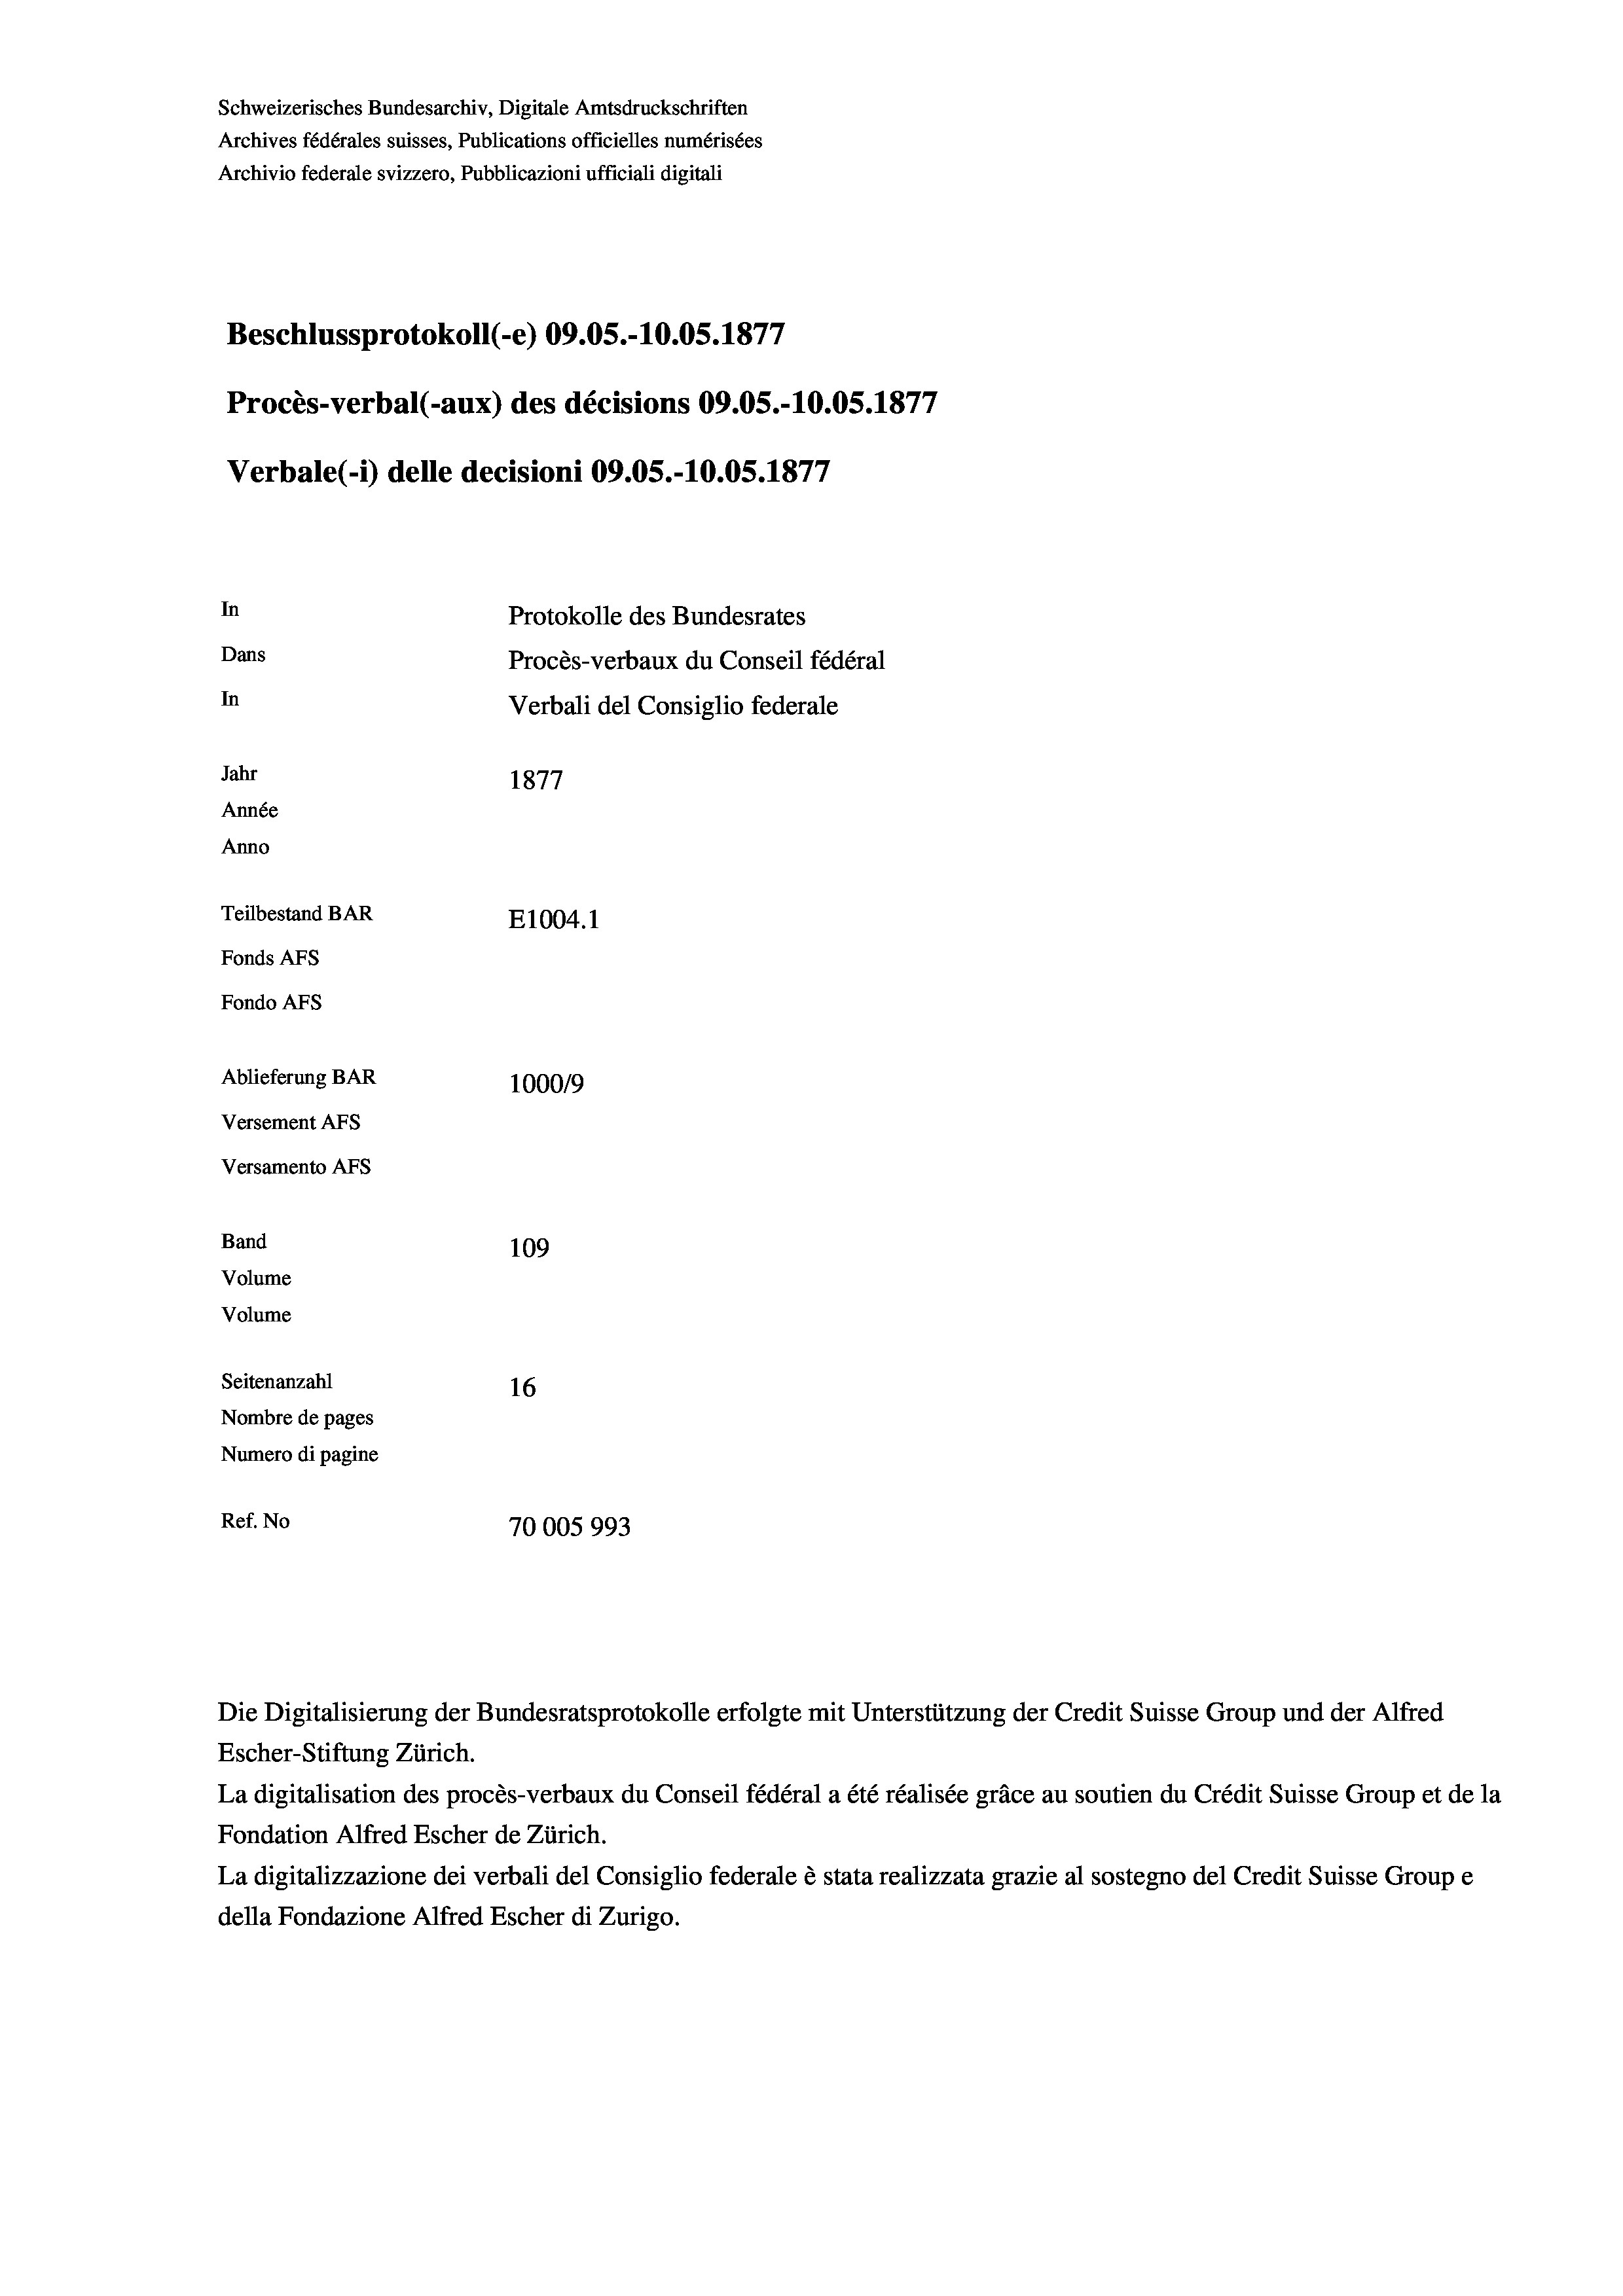
Schweizerisches Bundesarchiv, Digitale Amtsdruckschriften
Archives fédérales suisses, Publications officielles numérisées
Archivio federale svizzero, Pubblicazioni ufficiali digitali
e
Beschlussprotokoll (-e) 09.05.-10.05. 1877
Procès-verbal (-aux) des décisions 09.05.-10.05. 1877
Verbale(-*) delle decisioni 09.05.-10.05. 1877
In
Protokolle des Bundesrates
Dans
Procès-verbaux du Conseil fédéral
In
Verbali del Consiglio federale
Jahr
1877
Année
Anno
Teilbestand BAR
E1004.1
Fonds AFs
Fondo Afs
Ablieferung BAR
100019
Versement AFs
Versamento Afs
Band
109
Volume

Volume
Seitenanzahl
16
Nombre de pages
Numero di pagine
Ref. No
70005993

Escher-Stiftung Zürich.
La digitalisation des procès-verbaux du Conseil fédéral a été réalisée gräce au soutien du Crédit Suisse Group et de la
Fondation Alfred Escher de Zürich.
La digitalizzazione dei verbali del Consiglio federale è stata realizzata grazie al sostegno del Credit Suisse Groupe
della Fondazione Alfred Escher di Zurigo.

Die Digitalisierung der Bundesratsprotokolle erfolgte mit Unterstützung der Credit Suisse Group und der Alfred